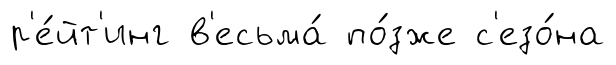
р'е́йт'инг в'есьма́ по́зже с'езо́на